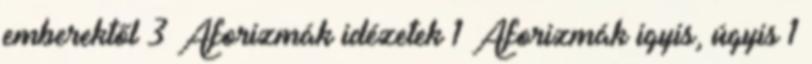
emberektől 3 Aforizmák idézetek 1 Aforizmák igyis, úgyis 1